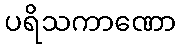
ပရိသကာဏော